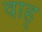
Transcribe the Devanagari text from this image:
वाह्‌